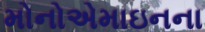
મોનોએમાઇનના